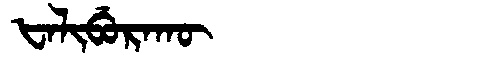
Manchu: ᡶᠠᠯᡳᠪᡠᡵᠠᡴᡡ
Romanization: FALIBURAKŪ